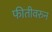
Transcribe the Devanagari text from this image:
फीतीवरुन